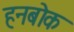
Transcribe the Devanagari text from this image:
हनबोक